Problem: 23 + 31 = ?
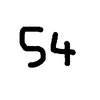
Handwritten answer: 54